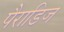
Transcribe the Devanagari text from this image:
पैराडिज